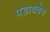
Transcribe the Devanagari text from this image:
पडायचेच